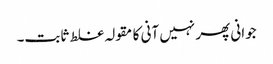
جوانی پھر نہیں آنی کا مقولہ غلط ثابت۔